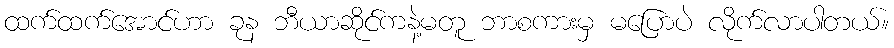
ထက်ထက်အောင်ဟာ ခုန ဘီယာဆိုင်ကနဲ့မတူ ဘာစကားမှ မပြောပဲ လိုက်လာပါတယ်။